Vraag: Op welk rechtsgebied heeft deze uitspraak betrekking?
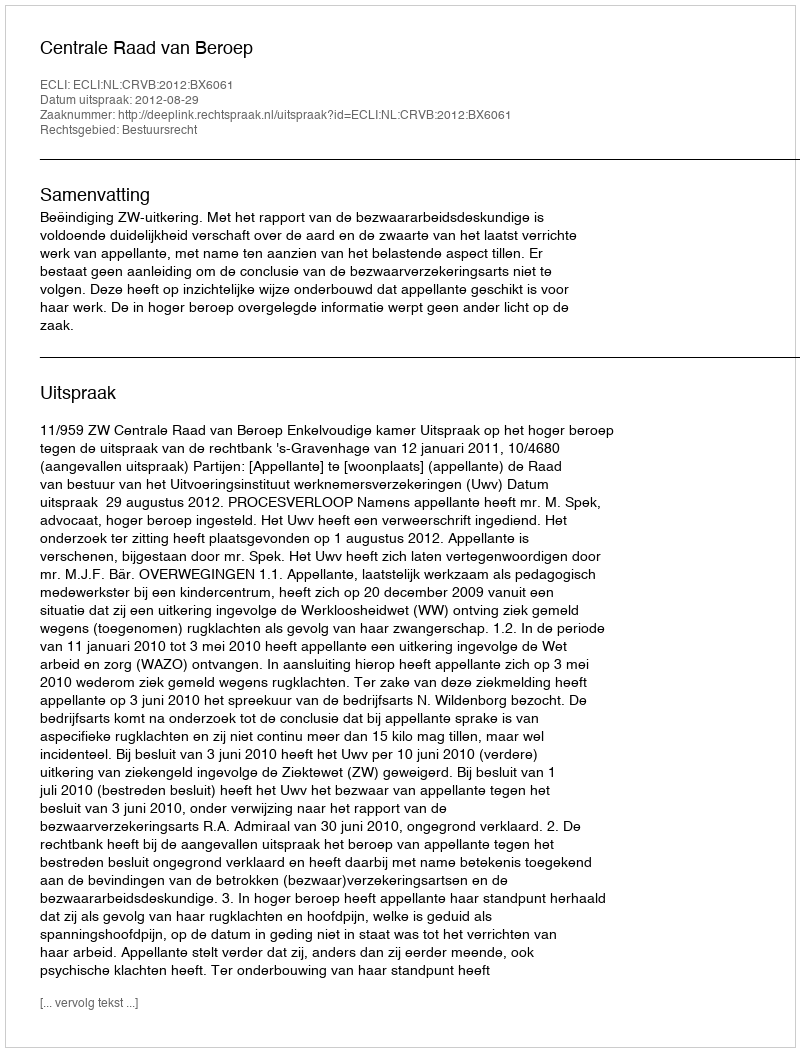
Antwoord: Bestuursrecht